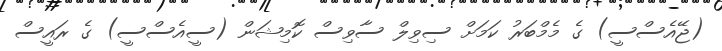
(ޖޭއެސްސީ) ގެ މެމްބަރު ކަމަށް ސިވިލް ސާވިސް ކޮމިޝަން (ސީއެސްސީ) ގެ ރައީސް